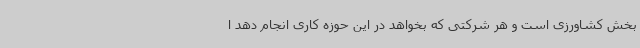
بخش کشاورزی است و هر شرکتی که بخواهد در این حوزه کاری انجام دهد ا